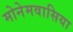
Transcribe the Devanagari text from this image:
मोनेमवासिया